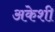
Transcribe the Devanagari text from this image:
अकेशी